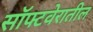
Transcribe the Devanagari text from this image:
सॉफ्टवेरातील